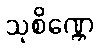
သုစိဏ္ဏေ